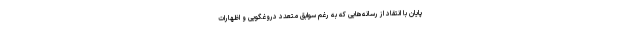
پایان با انتقاد از رسانه‌هایی که به رغم سوابق متعدد دروغگویی و اظهارات